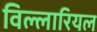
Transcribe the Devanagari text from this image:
विल्लारियल